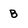
Character: B